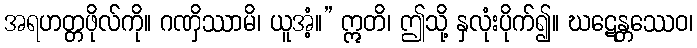
အရဟတ္တဖိုလ်ကို။ ဂဏှိဿာမိ၊ ယူအံ့။” ဣတိ၊ ဤသို့ နှလုံးပိုက်၍။ ဃဋေန္တဿေဝ၊